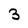
Character: 3